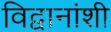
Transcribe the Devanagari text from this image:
विद्वानांशी